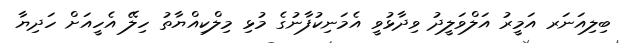
ބިލިއަނަރ އަމީރު އަލްވަލީދު ވިދާޅުވީ އެމަނިކުފާނުގެ މުޅި މިލްކިއްޔާތު ހިލޭ އެހީއަށް ހަދިޔާ